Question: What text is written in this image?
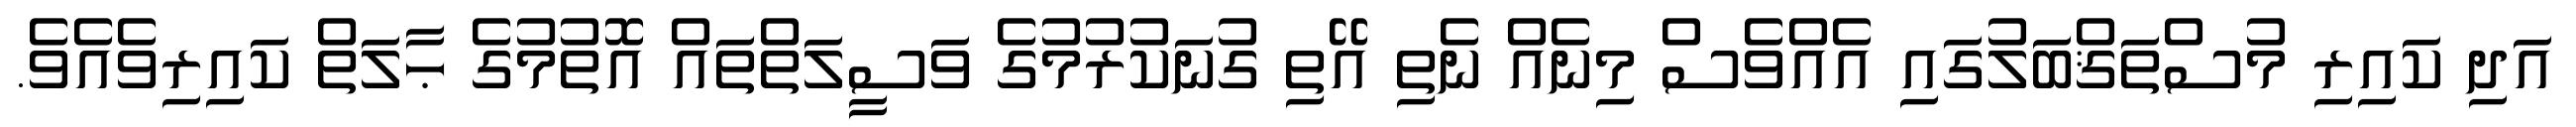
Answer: އަދި ކައިރި މުސްތަޤްބަލުގައި އެއްވެސް މިނެއް ނެތި އޭތި ގުނަކުރުމުގެ ވަސީލަތްތައް އޮތުމުގެ ޙާލަތް ކައިރިވެއެވެ.